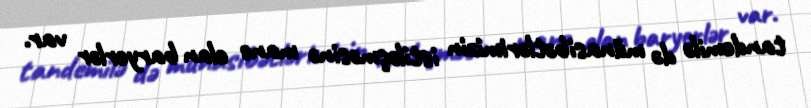
tandemilə də münasibətlərimizin istiləşməsinə mane olan baryerlər var.